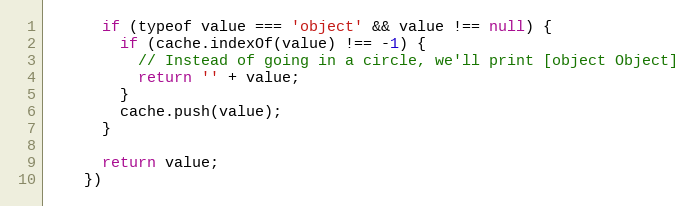
Language: JavaScript
      if (typeof value === 'object' && value !== null) {
        if (cache.indexOf(value) !== -1) {
          // Instead of going in a circle, we'll print [object Object]
          return '' + value;
        }
        cache.push(value);
      }

      return value;
    })